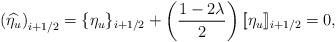
LaTeX: \begin{align*}\left(\widehat{\eta_u}\right)_{i+1/2} = \{\eta_u\}_{i+1/2} + \left(\frac{1 - 2\lambda}{2}\right)[\![\eta_u]\!]_{i+1/2} = 0,\end{align*}